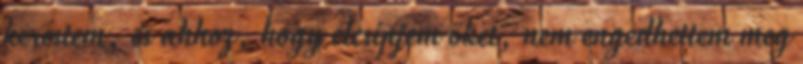
kerestem, és ahhoz, hogy elcsípjem őket, nem engedhettem meg